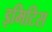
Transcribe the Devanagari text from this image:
इमिटिस